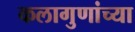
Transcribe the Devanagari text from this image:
कलागुणांच्या